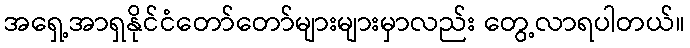
အရှေ့အာရှနိုင်ငံတော်တော်များများမှာလည်း တွေ့လာရပါတယ်။